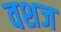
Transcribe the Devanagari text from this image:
वशज